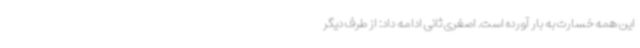
این همه خسارت به بار آورده است. اصغری ثانی ادامه داد: از طرف دیگر